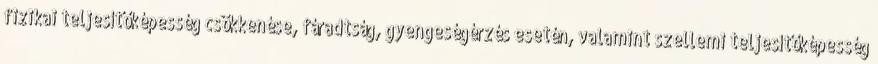
fizikai teljesítőképesség csökkenése, fáradtság, gyengeségérzés esetén, valamint szellemi teljesítőképesség